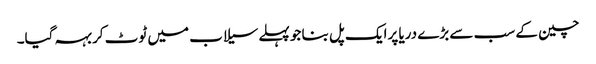
چین کے سب سے بڑے دریا پرایک پل بنا جو پہلےسیلاب میں ٹوٹ کر بہہ گیا۔